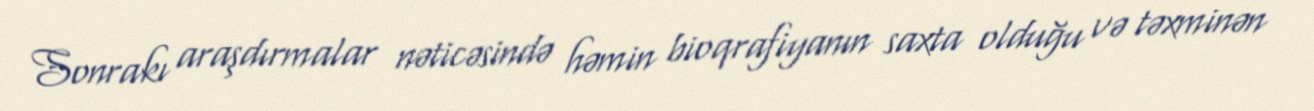
Sonrakı araşdırmalar nəticəsində həmin bioqrafiyanın saxta olduğu və təxminən